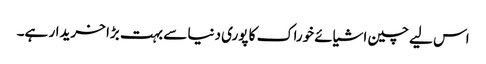
اس لیے چین اشیائے خوراک کا پوری دنیا سے بہت بڑا خریدار ہے۔